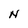
Character: N